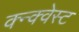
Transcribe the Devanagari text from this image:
क्न्क्वेस्ट